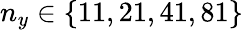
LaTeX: n_{y}\in\{ 11,21,41,81\}